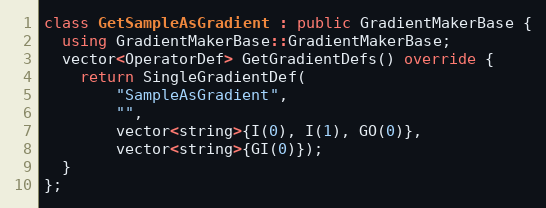
Language: C++
class GetSampleAsGradient : public GradientMakerBase {
  using GradientMakerBase::GradientMakerBase;
  vector<OperatorDef> GetGradientDefs() override {
    return SingleGradientDef(
        "SampleAsGradient",
        "",
        vector<string>{I(0), I(1), GO(0)},
        vector<string>{GI(0)});
  }
};